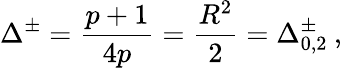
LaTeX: \Delta^{\pm}=\frac{p+1}{4p}=\frac{R^{2}}{2}=\Delta_{0,2}^{\pm}\: ,